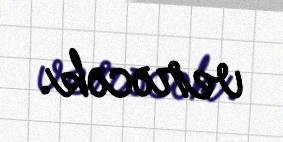
verəcək.